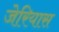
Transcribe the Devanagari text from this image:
जेरियास